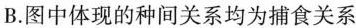
B.图中体现的种间关系均为捕食关系